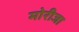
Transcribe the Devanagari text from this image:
मोरीजा